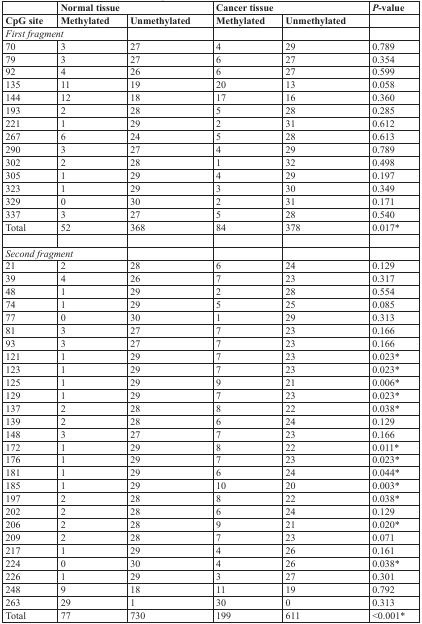
<table><thead><tr><td></td><td colspan="2"><b>Normal tissue</b></td><td colspan="2"><b>Cancer tissue</b></td><td><b><i>P</i>-value</b></td></tr><tr><td><b>CpG site</b></td><td><b>Methylated</b></td><td><b>Unmethylated</b></td><td><b>Methylated</b></td><td><b>Unmethylated</b></td><td></td></tr></thead><tbody><tr><td colspan="2"><i>First fragment</i></td><td></td><td></td><td></td><td></td></tr><tr><td>70</td><td>3</td><td>27</td><td>4</td><td>29</td><td>0.789</td></tr><tr><td>79</td><td>3</td><td>27</td><td>6</td><td>27</td><td>0.354</td></tr><tr><td>92</td><td>4</td><td>26</td><td>6</td><td>27</td><td>0.599</td></tr><tr><td>135</td><td>11</td><td>19</td><td>20</td><td>13</td><td>0.058</td></tr><tr><td>144</td><td>12</td><td>18</td><td>17</td><td>16</td><td>0.360</td></tr><tr><td>193</td><td>2</td><td>28</td><td>5</td><td>28</td><td>0.285</td></tr><tr><td>221</td><td>1</td><td>29</td><td>2</td><td>31</td><td>0.612</td></tr><tr><td>267</td><td>6</td><td>24</td><td>5</td><td>28</td><td>0.613</td></tr><tr><td>290</td><td>3</td><td>27</td><td>4</td><td>29</td><td>0.789</td></tr><tr><td>302</td><td>2</td><td>28</td><td>1</td><td>32</td><td>0.498</td></tr><tr><td>305</td><td>1</td><td>29</td><td>4</td><td>29</td><td>0.197</td></tr><tr><td>323</td><td>1</td><td>29</td><td>3</td><td>30</td><td>0.349</td></tr><tr><td>329</td><td>0</td><td>30</td><td>2</td><td>31</td><td>0.171</td></tr><tr><td>337</td><td>3</td><td>27</td><td>5</td><td>28</td><td>0.540</td></tr><tr><td>Total</td><td>52</td><td>368</td><td>84</td><td>378</td><td>0.017*</td></tr><tr><td colspan="2"><i>Second fragment</i></td><td></td><td></td><td></td><td></td></tr><tr><td>21</td><td>2</td><td>28</td><td>6</td><td>24</td><td>0.129</td></tr><tr><td>39</td><td>4</td><td>26</td><td>7</td><td>23</td><td>0.317</td></tr><tr><td>48</td><td>1</td><td>29</td><td>2</td><td>28</td><td>0.554</td></tr><tr><td>74</td><td>1</td><td>29</td><td>5</td><td>25</td><td>0.085</td></tr><tr><td>77</td><td>0</td><td>30</td><td>1</td><td>29</td><td>0.313</td></tr><tr><td>81</td><td>3</td><td>27</td><td>7</td><td>23</td><td>0.166</td></tr><tr><td>93</td><td>3</td><td>27</td><td>7</td><td>23</td><td>0.166</td></tr><tr><td>121</td><td>1</td><td>29</td><td>7</td><td>23</td><td>0.023*</td></tr><tr><td>123</td><td>1</td><td>29</td><td>7</td><td>23</td><td>0.023*</td></tr><tr><td>125</td><td>1</td><td>29</td><td>9</td><td>21</td><td>0.006*</td></tr><tr><td>129</td><td>1</td><td>29</td><td>7</td><td>23</td><td>0.023*</td></tr><tr><td>137</td><td>2</td><td>28</td><td>8</td><td>22</td><td>0.038*</td></tr><tr><td>139</td><td>2</td><td>28</td><td>6</td><td>24</td><td>0.129</td></tr><tr><td>148</td><td>3</td><td>27</td><td>7</td><td>23</td><td>0.166</td></tr><tr><td>172</td><td>1</td><td>29</td><td>8</td><td>22</td><td>0.011*</td></tr><tr><td>176</td><td>1</td><td>29</td><td>7</td><td>23</td><td>0.023*</td></tr><tr><td>181</td><td>1</td><td>29</td><td>6</td><td>24</td><td>0.044*</td></tr><tr><td>185</td><td>1</td><td>29</td><td>10</td><td>20</td><td>0.003*</td></tr><tr><td>197</td><td>2</td><td>28</td><td>8</td><td>22</td><td>0.038*</td></tr><tr><td>202</td><td>2</td><td>28</td><td>6</td><td>24</td><td>0.129</td></tr><tr><td>206</td><td>2</td><td>28</td><td>9</td><td>21</td><td>0.020*</td></tr><tr><td>209</td><td>2</td><td>28</td><td>7</td><td>23</td><td>0.071</td></tr><tr><td>217</td><td>1</td><td>29</td><td>4</td><td>26</td><td>0.161</td></tr><tr><td>224</td><td>0</td><td>30</td><td>4</td><td>26</td><td>0.038*</td></tr><tr><td>226</td><td>1</td><td>29</td><td>3</td><td>27</td><td>0.301</td></tr><tr><td>248</td><td>9</td><td>18</td><td>11</td><td>19</td><td>0.792</td></tr><tr><td>263</td><td>29</td><td>1</td><td>30</td><td>0</td><td>0.313</td></tr><tr><td>Total</td><td>77</td><td>730</td><td>199</td><td>611</td><td>&lt;0.001*</td></tr></tbody></table>